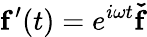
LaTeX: \mathbf{f}^{\prime}(t)=e^{i\omega t}\mathbf{\check{f}}